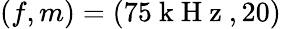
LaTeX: (f,m)=(75\mathrm{~k~H~z~},20)